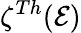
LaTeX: \zeta^{Th}(\mathcal{E})